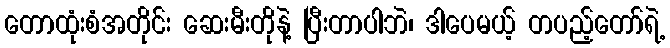
တောထုံးစံအတိုင်း ဆေးမီးတိုနဲ့ ပြီးတာပါဘဲ၊ ဒါပေမယ့် တပည့်တော်ရဲ့